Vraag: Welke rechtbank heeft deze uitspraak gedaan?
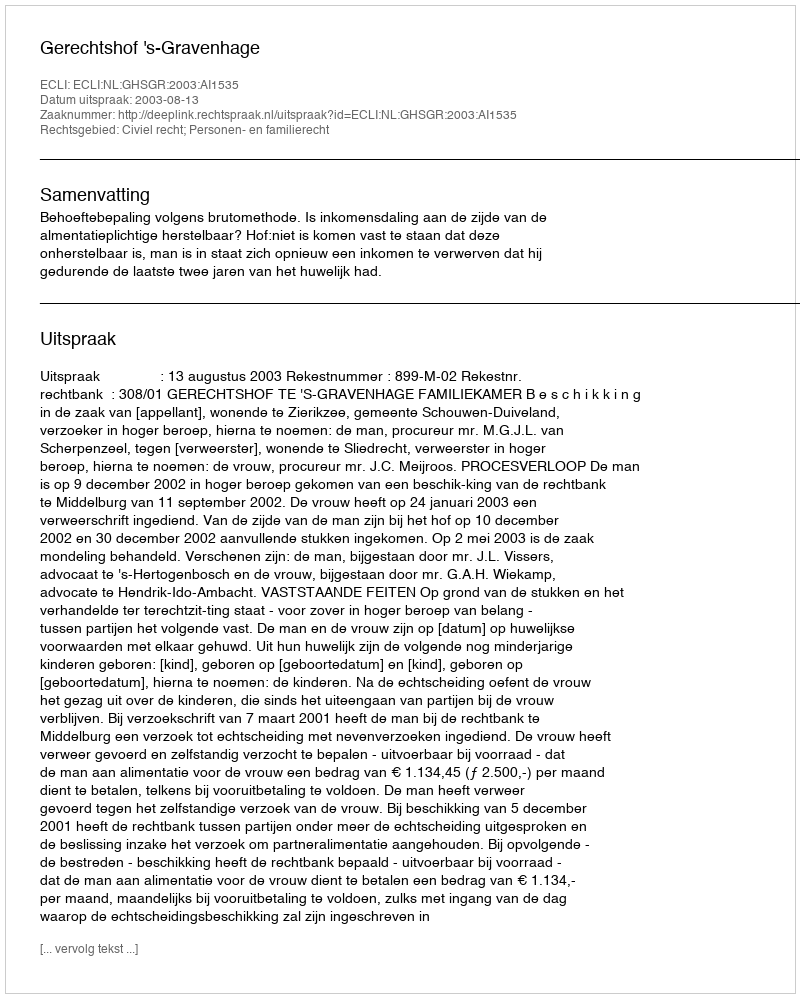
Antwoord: Gerechtshof 's-Gravenhage